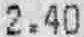
2.40